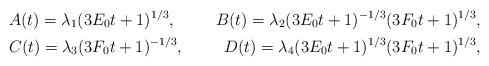
LaTeX: \begin{align*}&A(t)=\lambda_{1}(3E_{0}t+1)^{1/3}, &B(t)=\lambda_{2}(3E_{0}t+1)^{-1/3}(3F_{0}t+1)^{1/3}, \\&C(t)=\lambda_{3}(3F_{0}t+1)^{-1/3}, &D(t)=\lambda_{4}(3E_{0}t+1)^{1/3}(3F_{0}t+1)^{1/3},\end{align*}